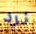
نرد